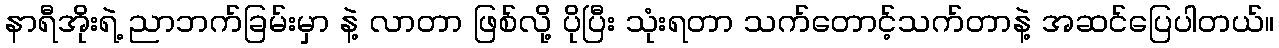
နာရီအိုးရဲ့ ညာဘက်ခြမ်းမှာ နဲ့ လာတာ ဖြစ်လို့ ပိုပြီး သုံးရတာ သက်တောင့်သက်တာနဲ့ အဆင်ပြေပါတယ်။